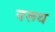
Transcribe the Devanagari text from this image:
वरूथ